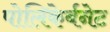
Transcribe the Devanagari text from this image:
पोलिकेर्बनेट